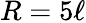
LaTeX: R=5\ell